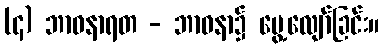
(၄) ဘာဝနာရတ - ဘာဝနာ၌ မွေ့လျော်ခြင်း။